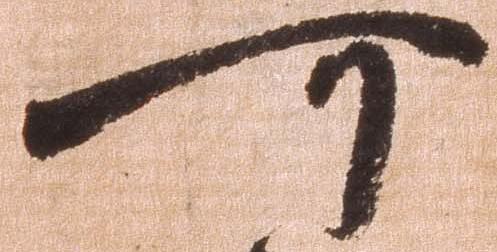
可